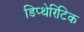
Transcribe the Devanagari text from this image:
डिप्थेरिटिक